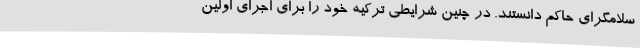
سلامگرای حاکم دانستند. در چنین شرایطی ترکیه خود را برای اجرای اولین